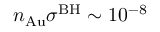
n _ { \mathrm { A u } } \sigma ^ { \mathrm { B H } } \sim 1 0 ^ { - 8 }